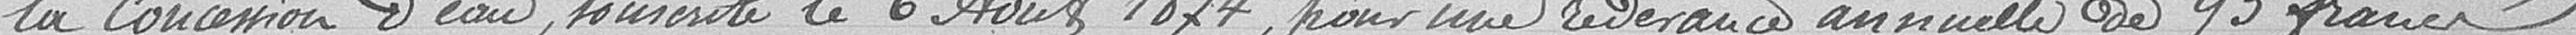
la concession d'eau souscrite le 6 août 1874, pour une redevance annuelle de 93 francs